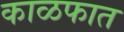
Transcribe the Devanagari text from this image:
काळफात